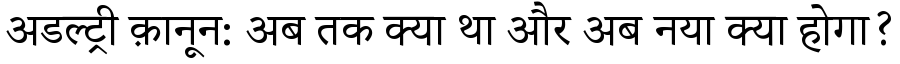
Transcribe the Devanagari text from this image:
अडल्ट्री क़ानून: अब तक क्या था और अब नया क्या होगा?